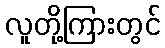
လူတို့ကြားတွင်